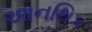
આનથિક